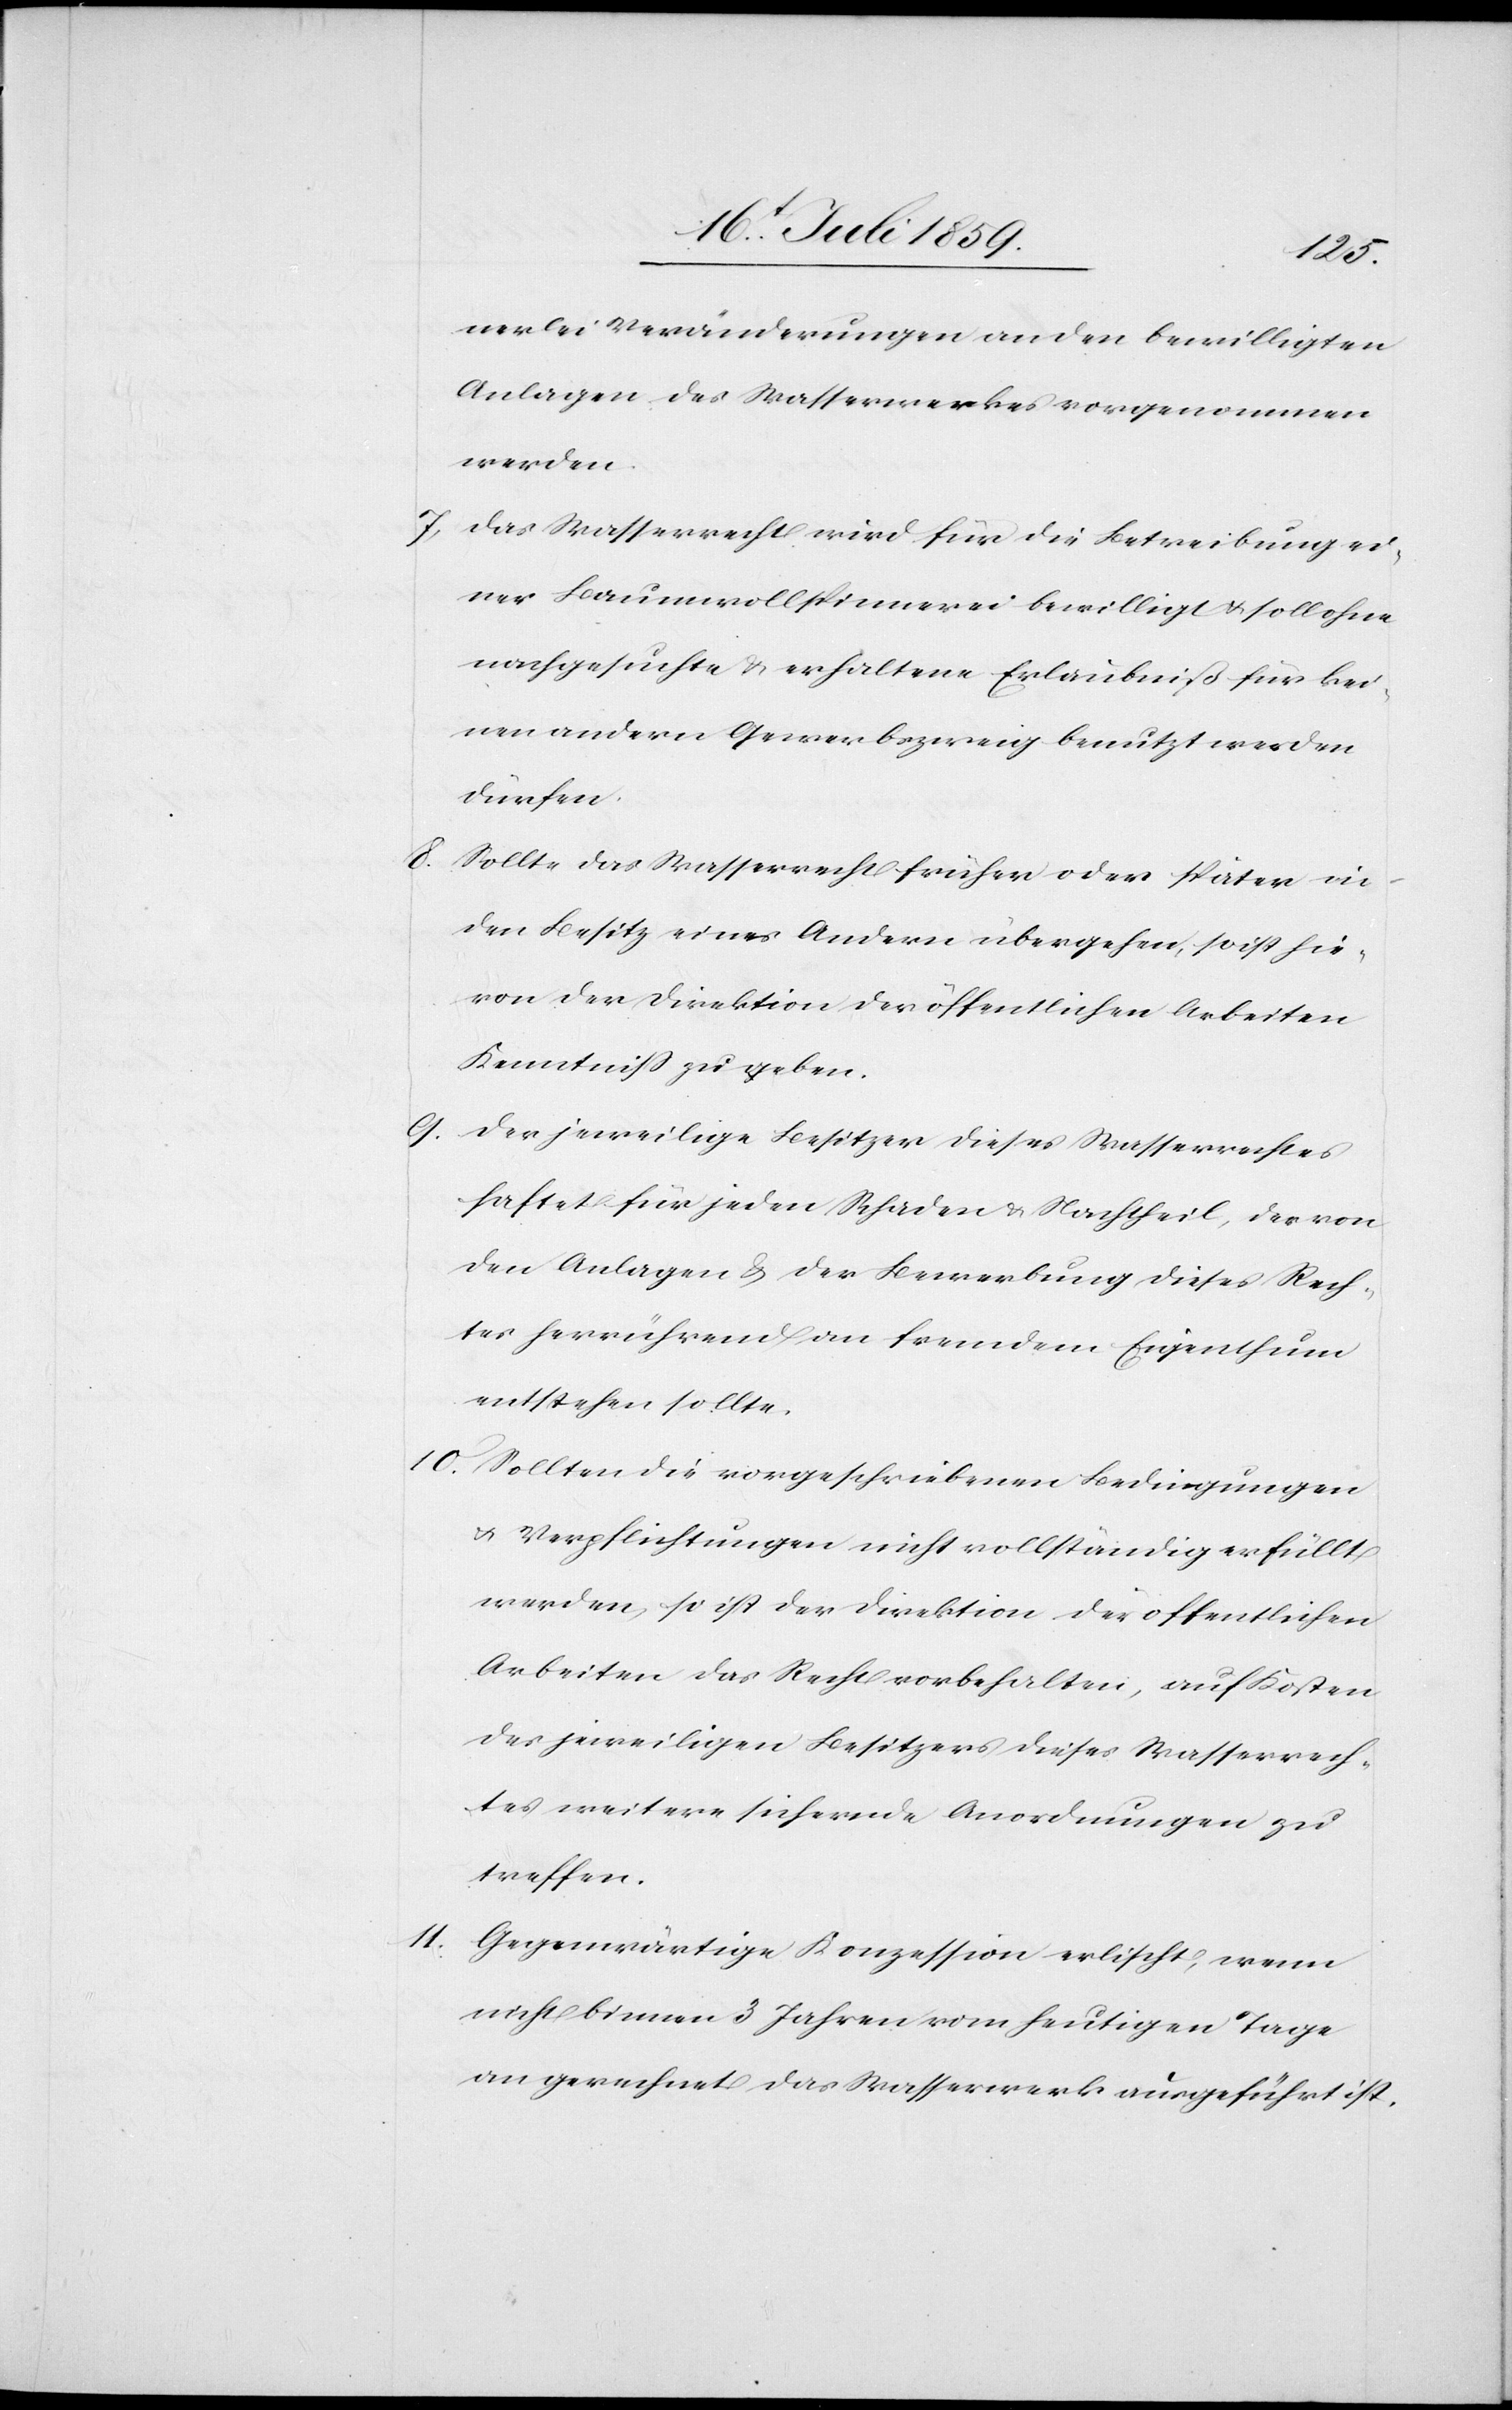
nerlei Veränderungen an den bewilligten
Anlagen des Wasserwerkes vorgenommen
werden.
7. Das Wasserrecht wird für die Betreibung ei¬
ner Baumwollspinnerei bewilligt u. soll ohne
nachgesuchte u. erhaltene Erlaubniß für kei¬
nen andern Gewerbszweig benutzt werden
dürfen.
8. Sollte das Wasserrecht früher oder später an
den Besitz eines Andern übergehen, so ist hie¬
von der Direktion der öffentlichen Arbeiten
Kenntniß zu geben.
9. Der jeweilige Besitzer dieses Wasserrechtes
haftet für jeden Schaden u. Nachtheil, der von
den Anlagen u. der Bewerbung dieses Rech¬
tes herrührend an fremdem Eigenthum
entstehen sollte.
10. Sollten die vorgeschriebenen Bedingungen
u. Verpflichtungen nicht vollständig erfüllt
werden, so ist der Direktion der öffentlichen
Arbeiten das Recht vorbehalten, auf Kosten
des jeweiligen Besitzers dieses Wasserrech¬
tes weitere sichernde Anordnungen zu
treffen.
11. Gegenwärtige Konzession erlischt, wenn
nicht binnen 3 Jahren vom heutigen Tage
an gerechnet das Wasserwerk ausgeführt ist.